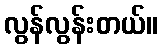
လွန်လွန်းတယ်။